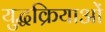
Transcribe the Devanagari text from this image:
युद्धक्रियाओं